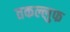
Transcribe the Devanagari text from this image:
तकल्लुफ